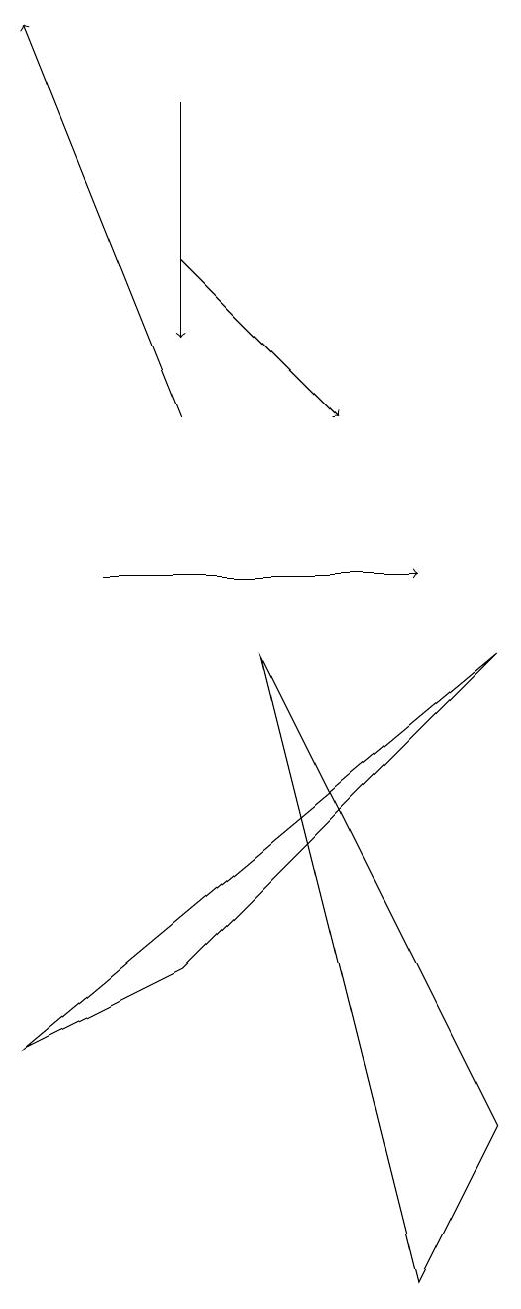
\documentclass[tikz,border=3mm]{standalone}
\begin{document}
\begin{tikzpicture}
\draw[->] (2,12) -- (0,17);
\draw[->] (1,10) -- (5,10);
\draw[->] (2,16) -- (2,13);
\draw[->] (2,14) -- (4,12);
\draw (6,3) -- (5,1) -- (3,9) -- cycle;
\draw (0,4) -- (2,5) -- (6,9) -- cycle;
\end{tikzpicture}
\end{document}